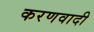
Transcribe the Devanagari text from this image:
करणवादी